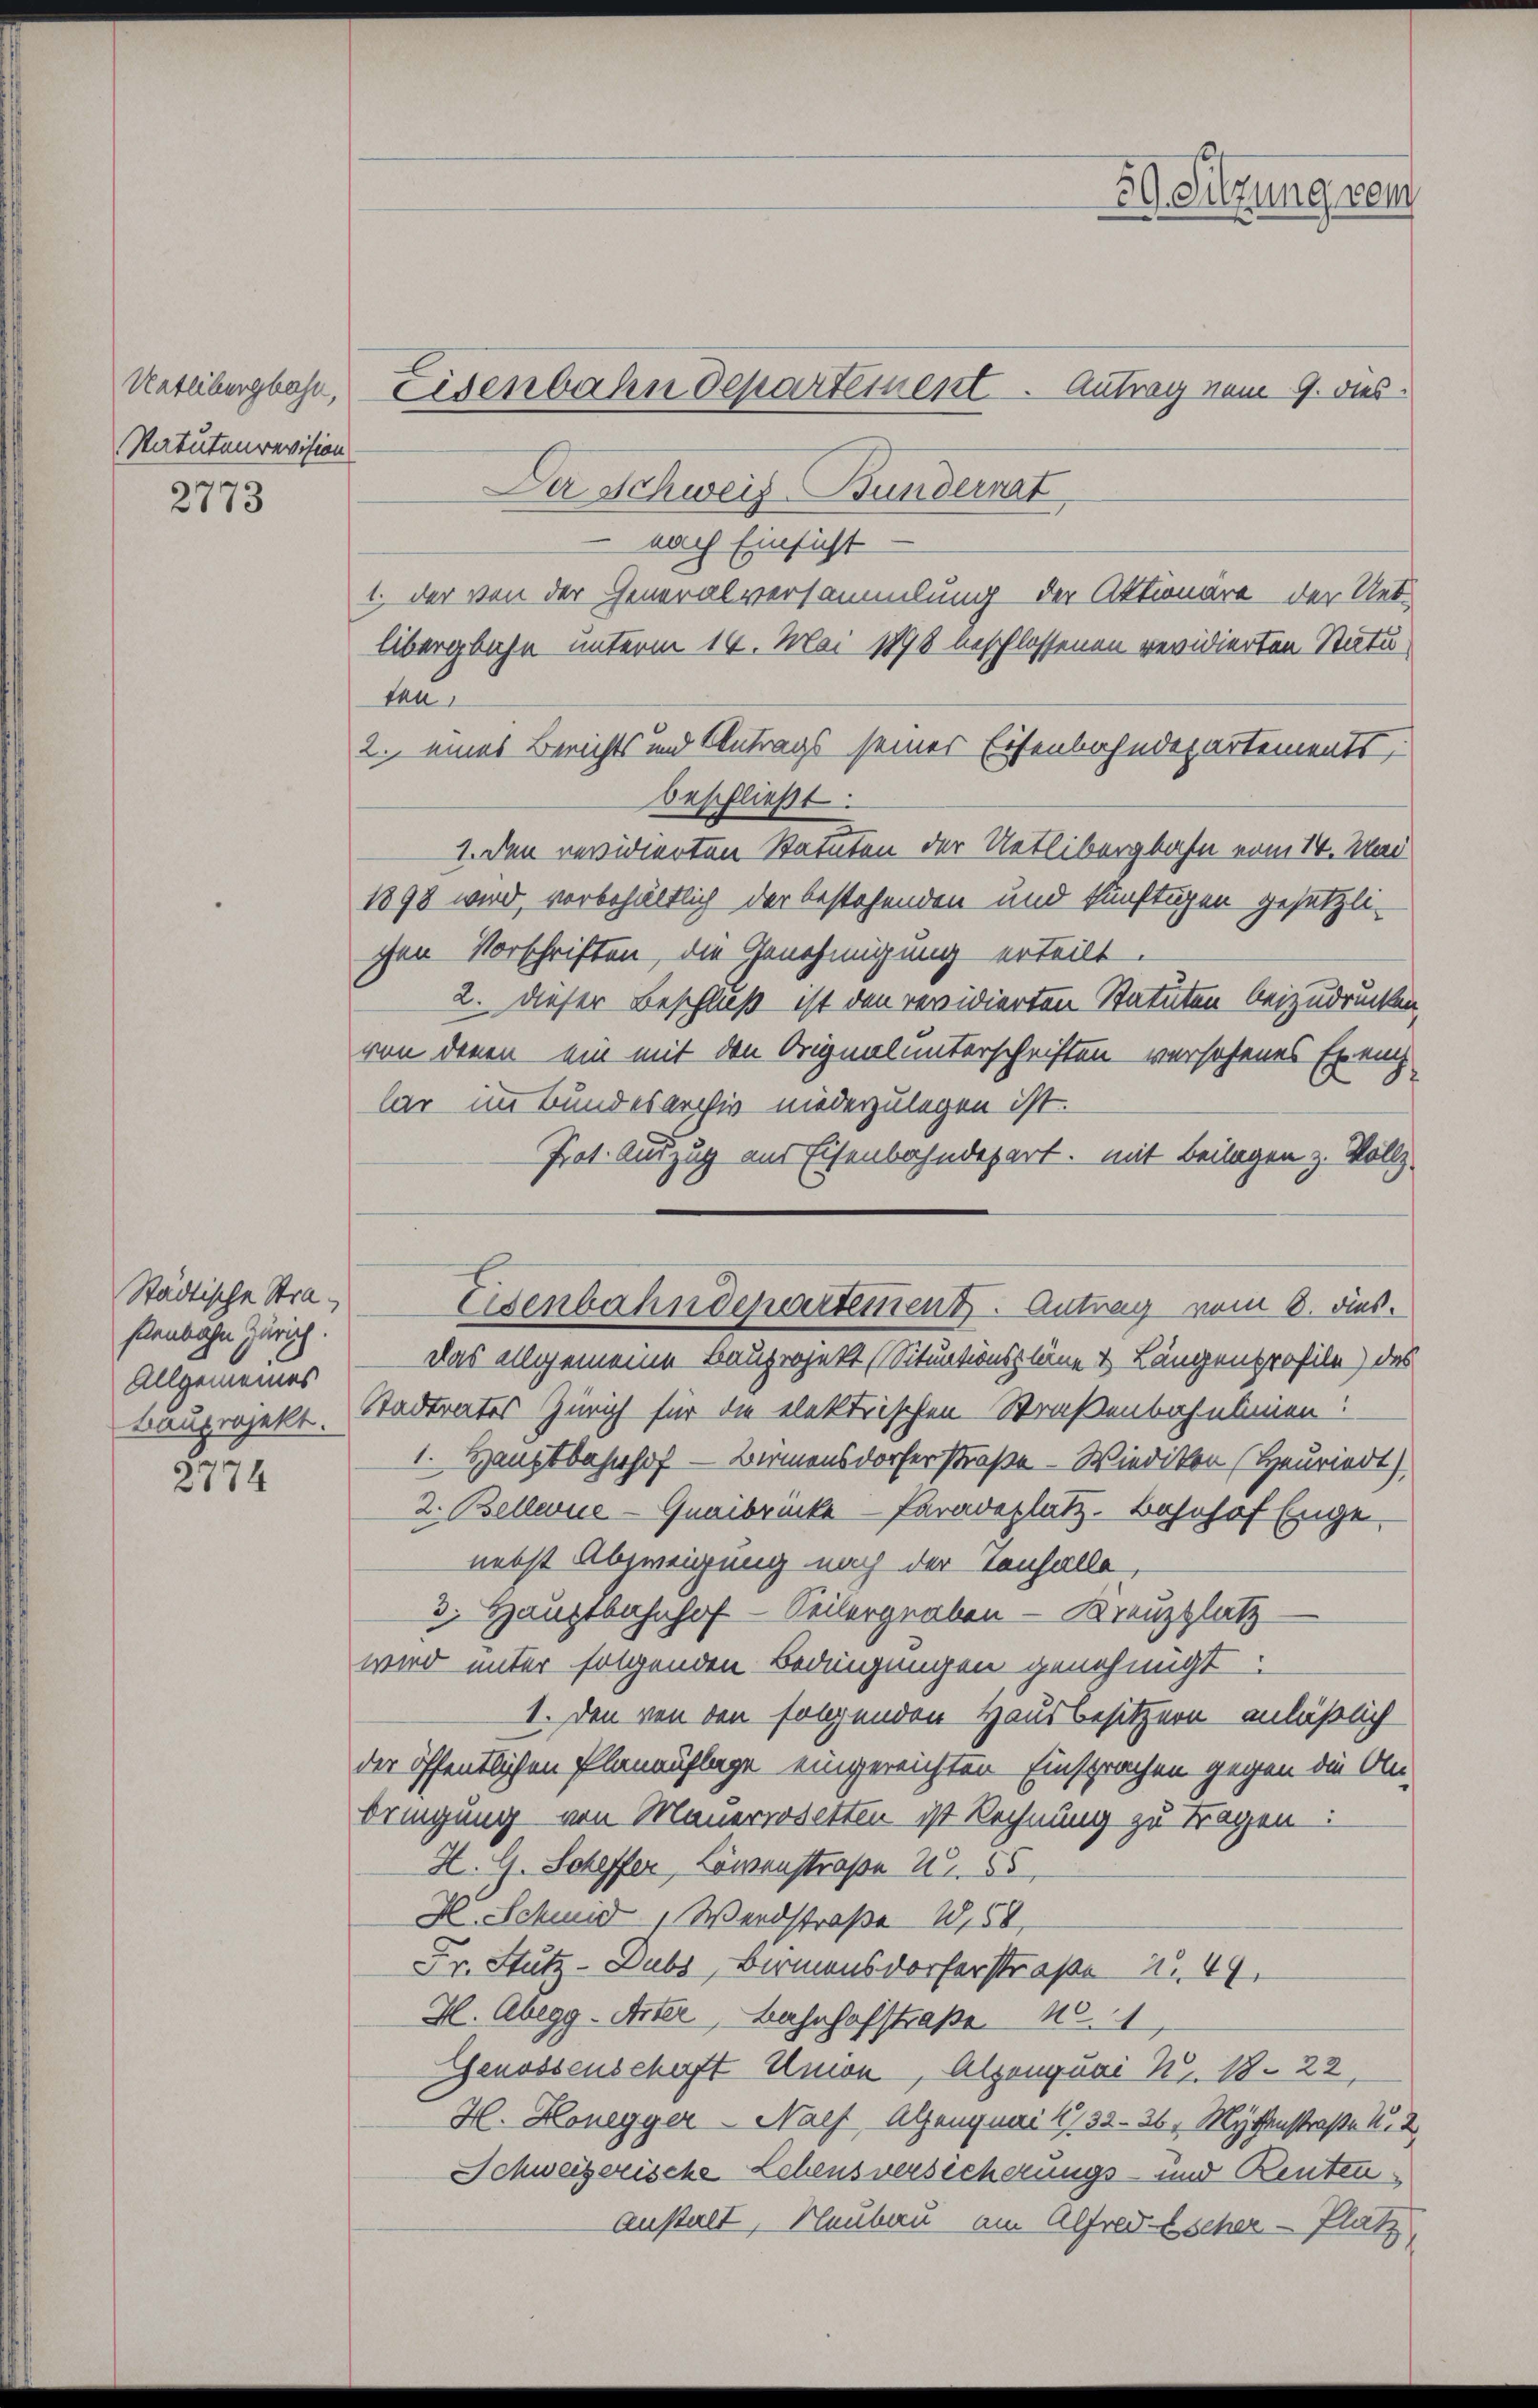
Statutenrevision

2773

Städtische Strastenbahn Zürich.
Allgemeines

2774

Da Schweiz Bundernat
 nach Einsicht
1. der von der Generalversammlung der Aktionäre der Uet¬
Übererbahn unterm 16. Mai 1898 beschlossenen revidierten Statu
den
2. eines Berichts und Antrags seiner Eisenbahndepartements,
beschließt:
1. den revidierten Statuten der Uetlibergbahn vom 14. Mai
1898 wird, vorbehältlich der bestehenden und künftigen gesetzlichen Vorschriften, die Genehmigung erteilt.
2. dieser Beschluß ist den revidierten Statuten beizudrucken,
von denen ein mit den Orignalunterschriften versehenes Exenz-
lar im Bundesarchiv niederzulegen ist.
Prot. Auszug aus Eisenbahndepart, mit Beilagen z. Vollz
Eisenbahndepartement. Antrag vom 8. aus.
Das allgemeine Bauprojekt (Situationspläne & Längenprofile) das
tauprojekt. Stadtrates Zürich für die elektrischen Straßenbahnlinien:
1. Hauptbahnhof — Birmensdorfer Straße - Wiedikon (Heuriedt)
2. Bellwue-Quaibrücke Paradeplatz, Bahnhof Enge
nebst Abzweigung nach der Confalle
3. Hauptbahnhof - Seitergraben — Kreuzplatz
wird unter folgenden Bedingungen genehmigt.
1. Den von den folgenden Hausbesitzern anläßlich
der öffentlichen Planauflage eingereichten Einsprachen gegen die An-
dringung von Mauerrosetten ist Rechnung zu Fragen:
H. G. Scheffer, Löwenstraße 2. 55
H. Schmid, Wardstraße 2,58,
Fr. Stutz-Dubs, Birmensdorferstraße N. 49.
H. Abegg-Arter, Bahnhofstraße N. 1
Genossenschaft Union, Alpenquai N. 18. 22.
H. Honegger - Nach Alpenquai 4/32-36, Mythenstraße N. 2
Schweizerische Lehens versicherungs- und Renten
Anstalt, Neubau am Alfred Escher Platz,

Urteibergbahn, Eisenbahndepartement. Antrag vom 9. dies

59 Sitzung dem